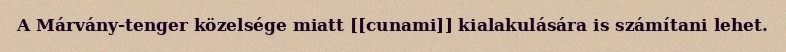
A Márvány-tenger közelsége miatt [[cunami]] kialakulására is számítani lehet.